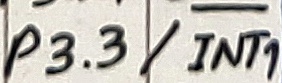
Text: P3.3/INT1